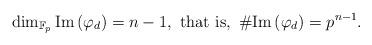
LaTeX: \begin{align*} \dim_{\mathbb{F}_p} {\rm Im} \left( \varphi_d \right) = n - 1, \ \mbox{that is}, \ \# {\rm Im} \left( \varphi _d \right) = p^{n-1} . \end{align*}